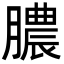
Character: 膿